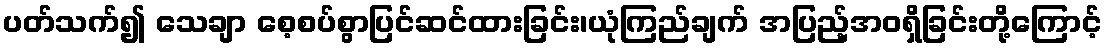
ပတ်သက်၍ သေချာ စေ့စပ်စွာပြင်ဆင်ထားခြင်း၊ယုံကြည်ချက် အပြည့်အဝရှိခြင်းတို့ကြောင့်